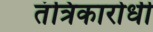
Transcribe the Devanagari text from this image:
तंत्रिकारोधी